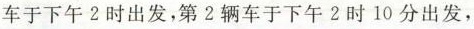
车于下午2时出发，第2辆车于下午2时10分出发，